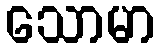
သောမာ